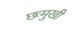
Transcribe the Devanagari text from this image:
छःमुखी